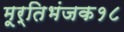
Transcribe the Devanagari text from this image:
मूर्तिभंजक१८